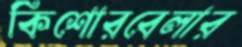
কিশোরবেলার